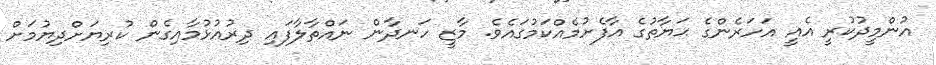
އުންމީދުކުރީ އެއީ އަހަރެންގެ ޙަޔާތުގެ އާފެށުމެއްކަމުގައެވެ. މާޒީ ހަނދާން ނައްތާލާފައި ދިރުއުޅުމާއިގެން ކުރިޔަށްދިޔުމަށް